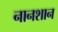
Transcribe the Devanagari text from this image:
नानशान